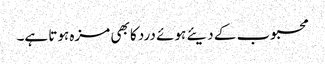
محبوب کے دیئے ہوئے درد کا بھی مزہ ہوتا ہے۔